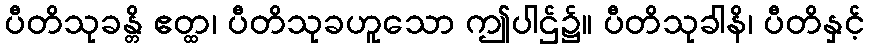
ပီတိသုခန္တိ ဧတ္ထ၊ ပီတိသုခဟူသော ဤပါဌ်၌။ ပီတိသုခါနိ၊ ပီတိနှင့်